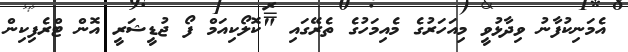
އެމަނިކުފާނު ވިދާޅުވީ މިއަހަރުގެ މެއިމަހުގެ ތެރޭގައި "ކޮލޯކިއަމް ފޯ ޖުޑީޝަރީ އޮން ޓްރެފިކިން